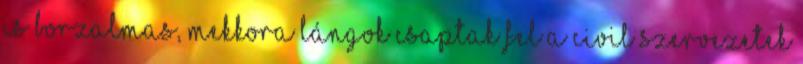
is borzalmas, mekkora lángok csaptak fel A civil szervezetek